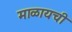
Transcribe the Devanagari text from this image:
माळायची